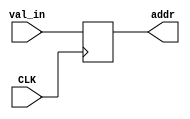
module CAR #(parameter N = 7)(
  input CLK,
  input [N-1:0] val_in,
  output [N-1:0] addr
);
  reg [N-1:0] val_out = 'b0;

  always @(posedge CLK)
  begin
    val_out <= val_in;
  end

  assign addr = val_out;

endmodule